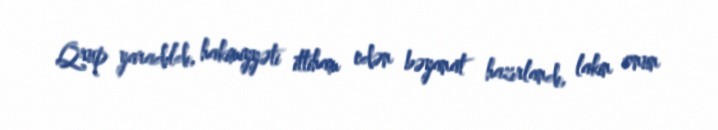
Qrup yaradıldı, hakimiyyəti ittiham edən bəyanat hazırlandı, lakin onun